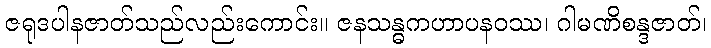
ဇရုဒပါနဇာတ်သည်လည်းကောင်း။ ဇနသန္ဓကဟာပနဝဿ၊ ဂါမဏိစန္ဒဇာတ်၊